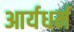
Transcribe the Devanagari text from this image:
आर्यधर्म